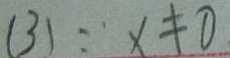
( 3 ) : x \neq 0